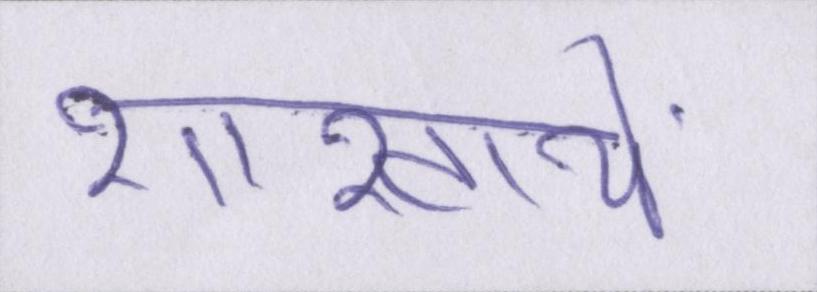
शाखायें